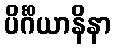
ပိင်္ဂိယာနိနာ